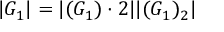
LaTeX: | G _ { 1 } | = | ( G _ { 1 } ) \cdot 2 | | ( G _ { 1 } ) _ { 2 } |